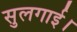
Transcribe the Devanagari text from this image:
सुलगाई।